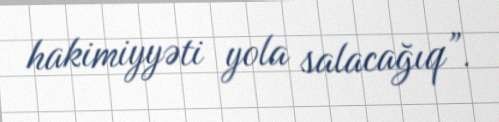
hakimiyyəti yola salacağıq”.